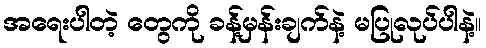
အရေးပါတဲ့ တွေကို ခန့်မှန်းချက်နဲ့ မပြုလုပ်ပါနဲ့။